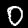
Label: 0